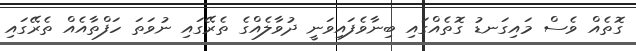
ގޮތެއް ވެސް މައިގަނޑު ގޮތެއްގައި ބިނާވެފައިވަނީ ދުވާލެއްގެ ތެރޭގައި ނުވަތަ ހަފްތާއެއް ތެރޭގައި